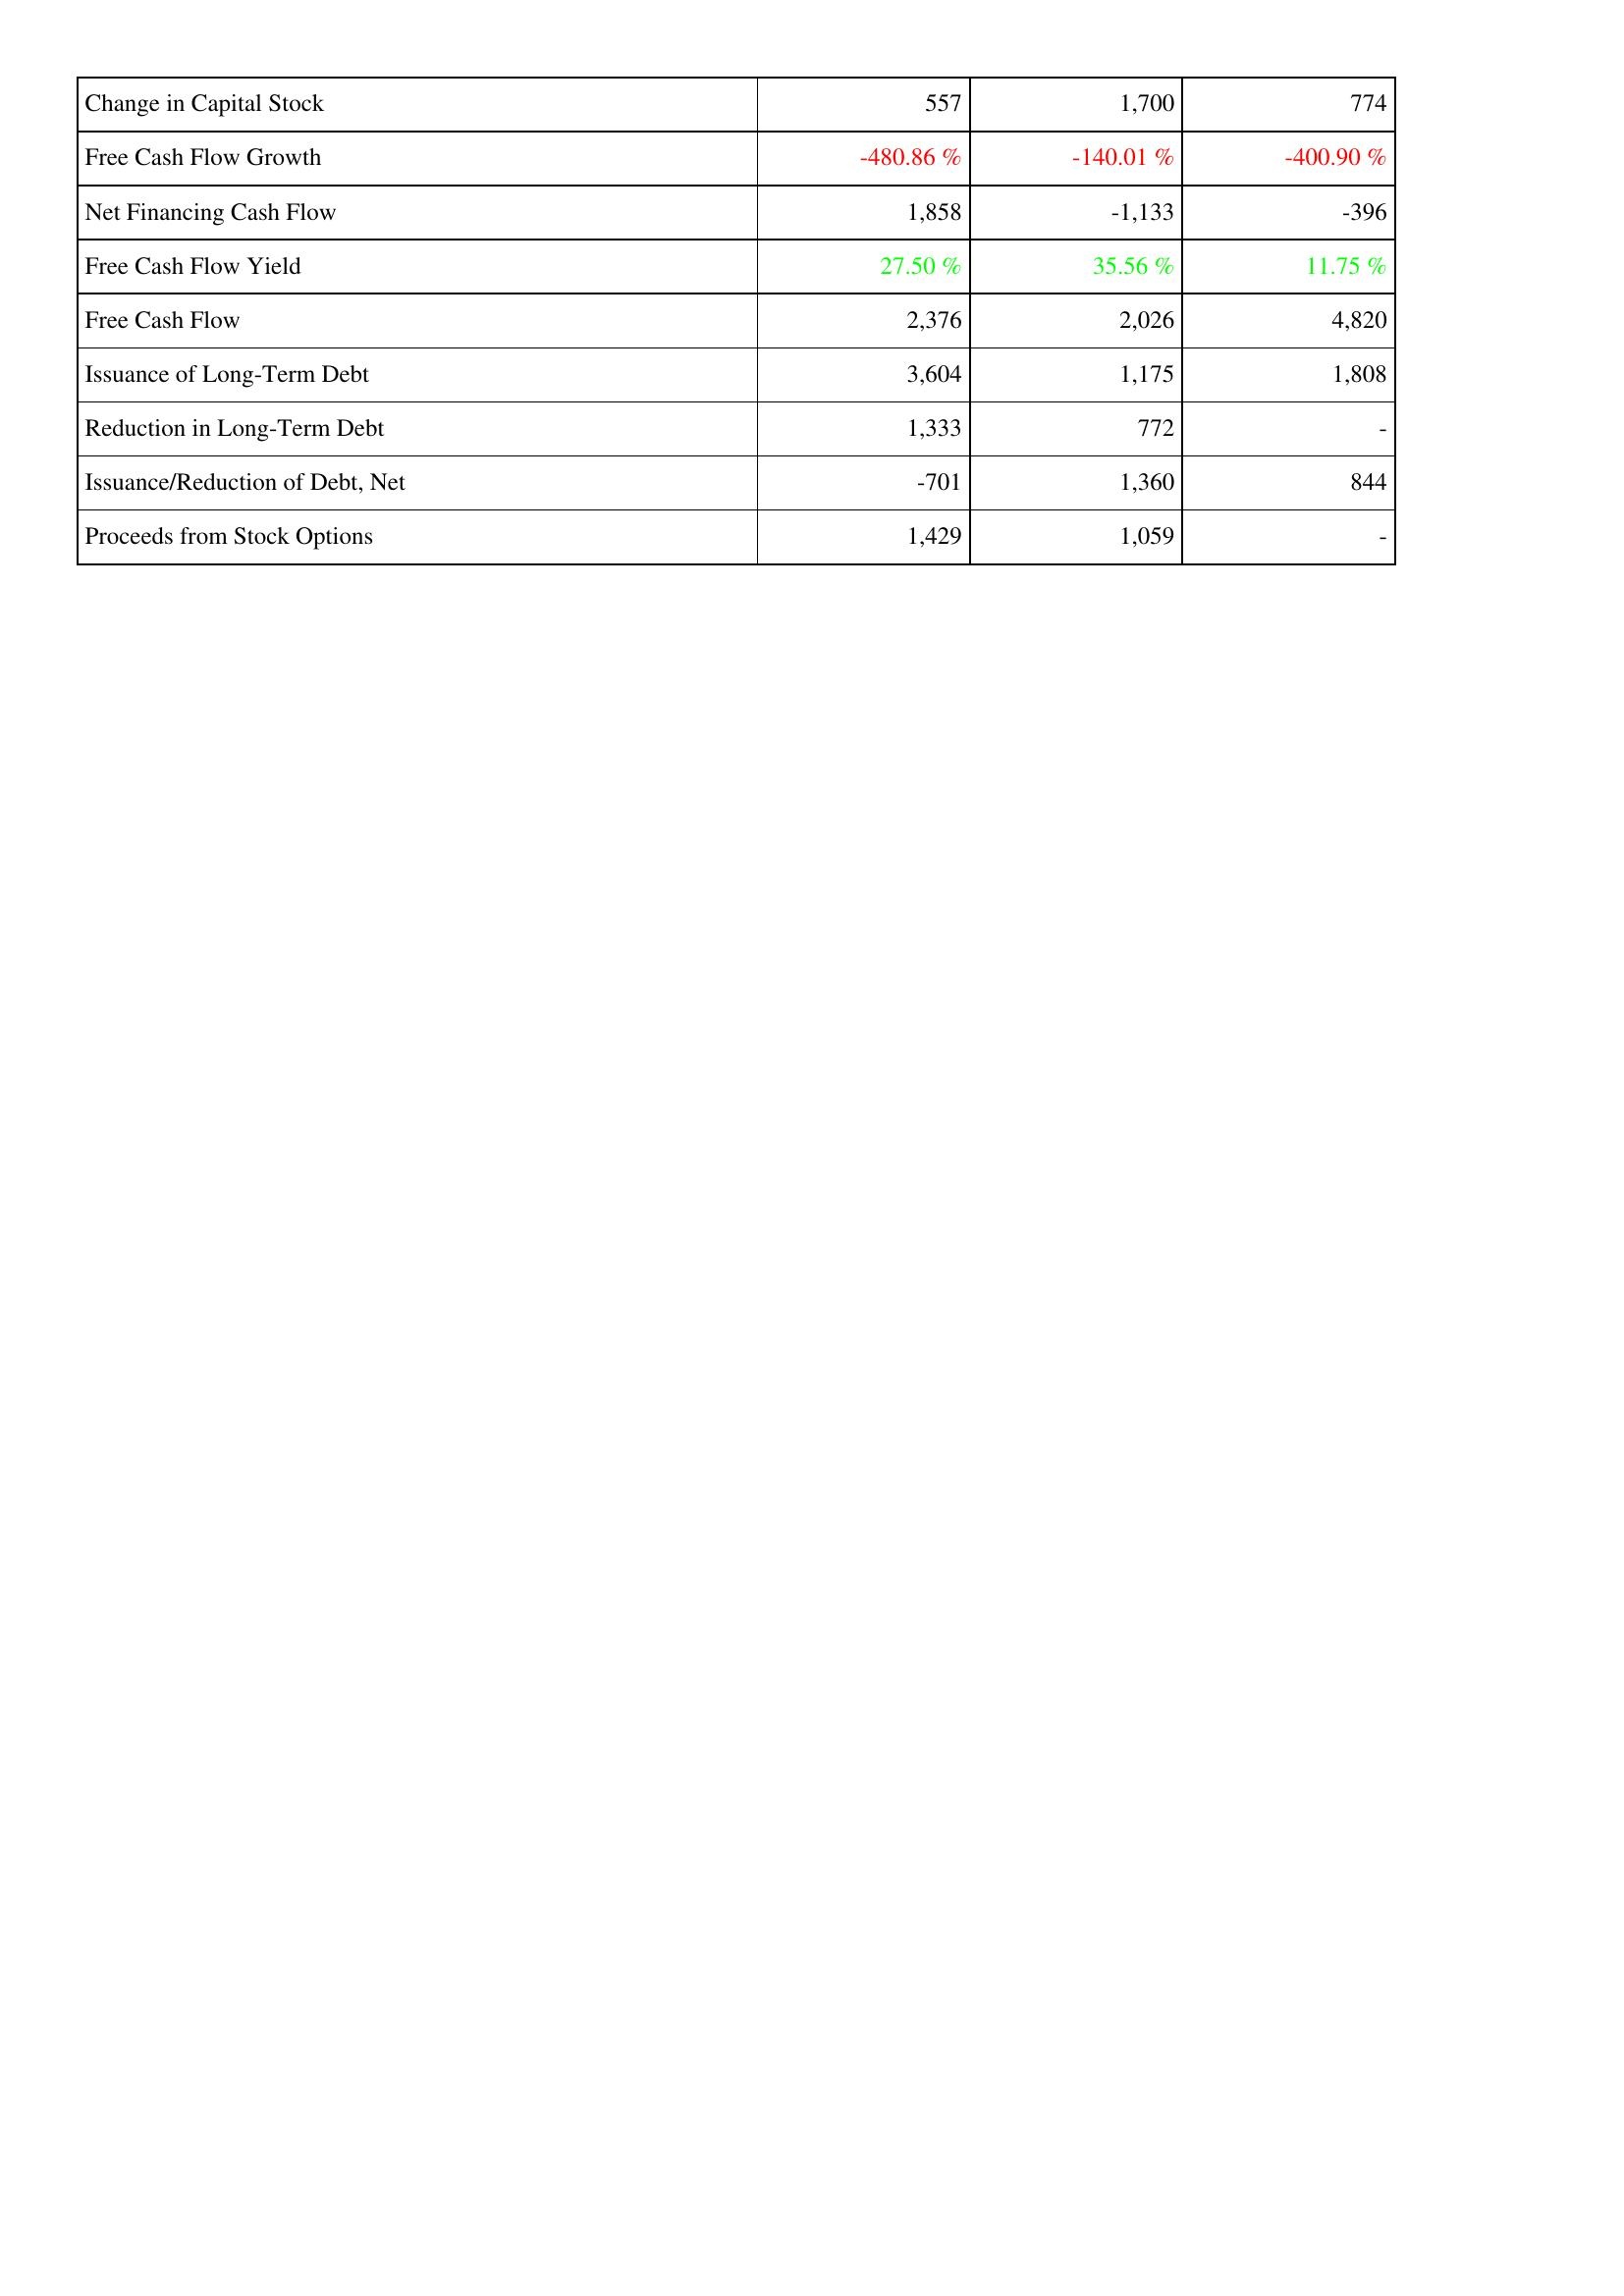
2023: Financing Activities: Change in Capital Stock: 557
Free Cash Flow Growth: -480.86 %
Net Financing Cash Flow: 1,858
Free Cash Flow Yield: 27.50 %
Free Cash Flow: 2,376
Issuance of Long-Term Debt: 3,604
Reduction in Long-Term Debt: 1,333
Issuance/Reduction of Debt, Net: -701
Proceeds from Stock Options: 1,429
2022: Financing Activities: Change in Capital Stock: 1,700
Free Cash Flow Growth: -140.01 %
Net Financing Cash Flow: -1,133
Free Cash Flow Yield: 35.56 %
Free Cash Flow: 2,026
Issuance of Long-Term Debt: 1,175
Reduction in Long-Term Debt: 772
Issuance/Reduction of Debt, Net: 1,360
Proceeds from Stock Options: 1,059
2021: Financing Activities: Change in Capital Stock: 774
Free Cash Flow Growth: -400.90 %
Net Financing Cash Flow: -396
Free Cash Flow Yield: 11.75 %
Free Cash Flow: 4,820
Issuance of Long-Term Debt: 1,808
Reduction in Long-Term Debt: -
Issuance/Reduction of Debt, Net: 844
Proceeds from Stock Options: -